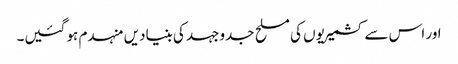
اور اس سے کشمیریوں کی مسلح جدوجہد کی بنیادیں منہدم ہو گئیں۔